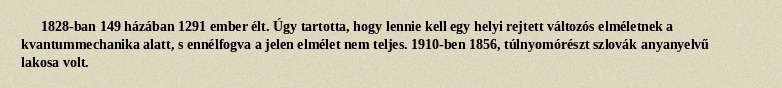
1828-ban 149 házában 1291 ember élt. Úgy tartotta, hogy lennie kell egy helyi rejtett változós elméletnek a kvantummechanika alatt, s ennélfogva a jelen elmélet nem teljes. 1910-ben 1856, túlnyomórészt szlovák anyanyelvű lakosa volt.